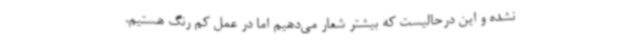
نشده و این درحالیست که بیشتر شعار می‌دهیم اما در عمل کم رنگ هستیم.